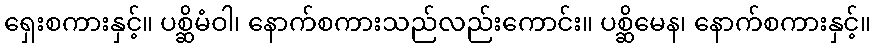
ရှေးစကားနှင့်။ ပစ္ဆိမံဝါ၊ နောက်စကားသည်လည်းကောင်း။ ပစ္ဆိမေန၊ နောက်စကားနှင့်။